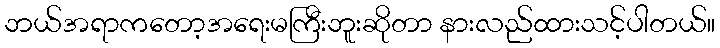
ဘယ်အရာကတော့အရေးမကြီးဘူးဆိုတာ နားလည်ထားသင့်ပါတယ်။